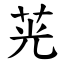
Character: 茪